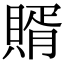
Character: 𧶳